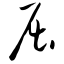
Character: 屈